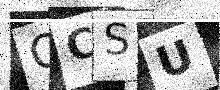
Text: OCSU